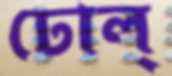
ঢোল্‌